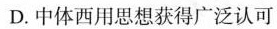
D.中体西用思想获得广泛认可